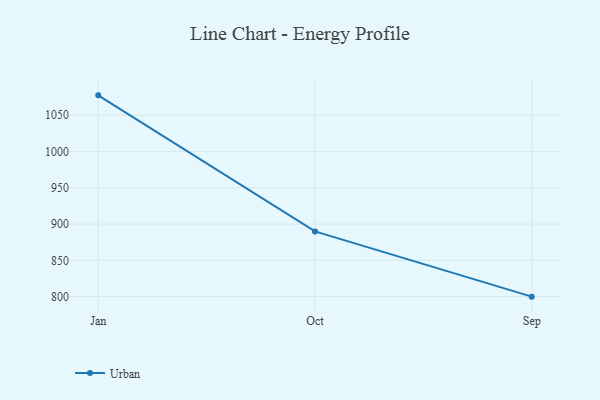
{"axis": {"x": "Month", "y": "Tickets Resolved"}, "legend": ["Urban"], "data": [{"x": "Jan", "y": 1077.3, "type": "Urban"}, {"x": "Oct", "y": 889.9, "type": "Urban"}, {"x": "Sep", "y": 800, "type": "Urban"}]}